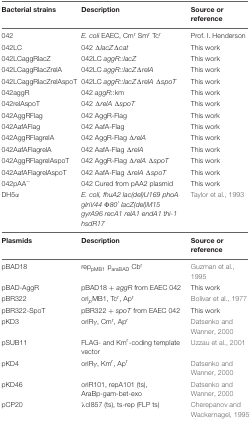
| Bacterial strains | Description | Source or reference |
 | --- | --- | --- |
 | 042 | E. coli EAEC, Cmr Smr Tcr | Prof. I. Henderson |
 | 042LC | 042 ΔlacZΔcat | This work |
 | 042LCaggRlacZ | 042LC aggR::lacZ | This work |
 | 042LCaggRlacZrelA | 042LC aggR::lacZΔrelA | This work |
 | 042LCaggRlacZrelAspoT | 042LC aggR::lacZΔrelA ΔspoT | This work |
 | 042aggR | 042 aggR::km | This work |
 | 042relAspoT | 042 ΔrelA ΔspoT | This work |
 | 042AggRFlag | 042 AggR-Flag | This work |
 | 042AafAFlag | 042 AafA-Flag | This work |
 | 042AggRFlagrelA | 042 AggR-Flag ΔrelA | This work |
 | 042AafAFlagrelA | 042 AafA-Flag ΔrelA | This work |
 | 042AggRFlagrelAspoT | 042 AggR-Flag ΔrelA ΔspoT | This work |
 | 042AafAFlagrelAspoT | 042 AafA-Flag ΔrelA ΔspoT | This work |
 | 042pAA- | 042 Cured from pAA2 plasmid | This work |
 | DH5α | E. coli, fhuA2 lac(del)U169 phoA glnV44 Φ80′ lacZ(del)M15 gyrA96 recA1 relA1 endA1 thi-1 hsdR17 | Taylor et al., 1993 |
 | Plasmids | Description | Source or reference |
 | pBAD18 | reppMB1 paraBAD Cbr | Guzman et al., 1995 |
 | pBAD-AggR | pBAD18 + aggR from EAEC 042 | This work |
 | pBR322 | oripMB1, Tcr, Apr | Bolivar et al., 1977 |
 | pBR322-SpoT | pBR322 + spoT from EAEC 042 | This work |
 | pKD3 | oriRγ, Cmr, Apr | Datsenko and Wanner, 2000 |
 | pSUB11 | FLAG- and Kmr-coding template vector | Uzzau et al., 2001 |
 | pKD4 | oriRγ, Kmr, Apr | Datsenko and Wanner, 2000 |
 | pKD46 | oriR101, repA101 (ts), AraBp-gam-bet-exo | Datsenko and Wanner, 2000 |
 | pCP20 | λcI857 (ts), ts-rep (FLP ts) | Cherepanov and Wackernagel, 1995 |